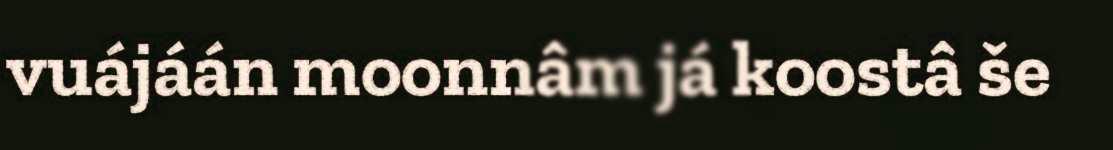
vuájáán moonnâm já koostâ še